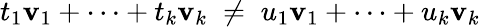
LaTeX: t_{1}\mathbf{v}_{1}+\cdots+t_{k}\mathbf{v}_{k}\; \neq\; u_{1}\mathbf{v}_{1}+\cdots+u_{k}\mathbf{v}_{k}